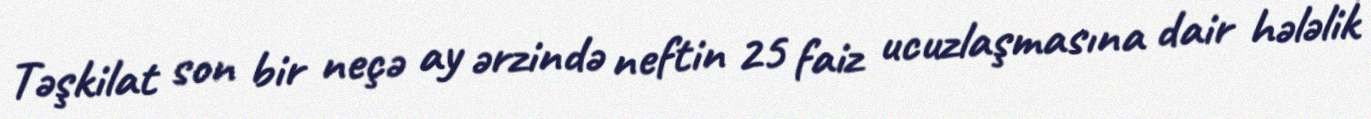
Təşkilat son bir neçə ay ərzində neftin 25 faiz ucuzlaşmasına dair hələlik